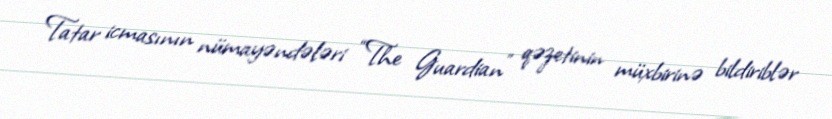
Tatar icmasının nümayəndələri “The Guardian” qəzetinin müxbirinə bildiriblər